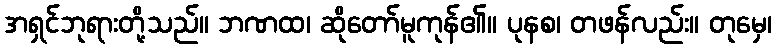
အရှင်ဘုရားတို့သည်။ ဘဏထ၊ ဆိုတော်မူကုန်၏။ ပုနစ၊ တဖန်လည်း။ တုမှေ၊